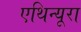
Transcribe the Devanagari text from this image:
एथिन्यूरा